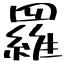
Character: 羅